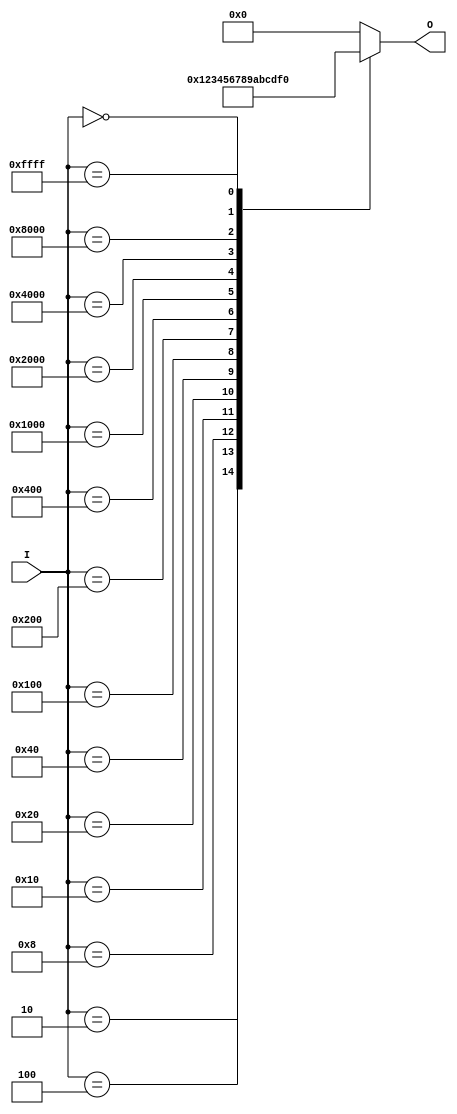
module hex_to_bin_encoder (
    input wire [15:0] I,  // 16 input lines for hex digits (I0 to I15)
    output reg [3:0] O    // 4 output lines for binary equivalent (O3 to O0)
);

    always @(*) begin
        case (I)
            16'b0000_0000_0000_0001: O = 4'b0000; // I0
            16'b0000_0000_0000_0010: O = 4'b0001; // I1
            16'b0000_0000_0000_0100: O = 4'b0010; // I2
            16'b0000_0000_0000_1000: O = 4'b0011; // I3
            16'b0000_0000_0001_0000: O = 4'b0100; // I4
            16'b0000_0000_0010_0000: O = 4'b0101; // I5
            16'b0000_0000_0100_0000: O = 4'b0110; // I6
            16'b0000_0001_0000_0000: O = 4'b0111; // I7
            16'b0000_0010_0000_0000: O = 4'b1000; // I8
            16'b0000_0100_0000_0000: O = 4'b1001; // I9
            16'b0001_0000_0000_0000: O = 4'b1010; // I10
            16'b0010_0000_0000_0000: O = 4'b1011; // I11
            16'b0100_0000_0000_0000: O = 4'b1100; // I12
            16'b1000_0000_0000_0000: O = 4'b1101; // I13
            16'b0000_0000_0000_0000: O = 4'b1110; // I14
            16'b1111_1111_1111_1111: O = 4'b1111; // I15
            default: O = 4'b0000;  // Default case for invalid input
        endcase
    end

endmodule